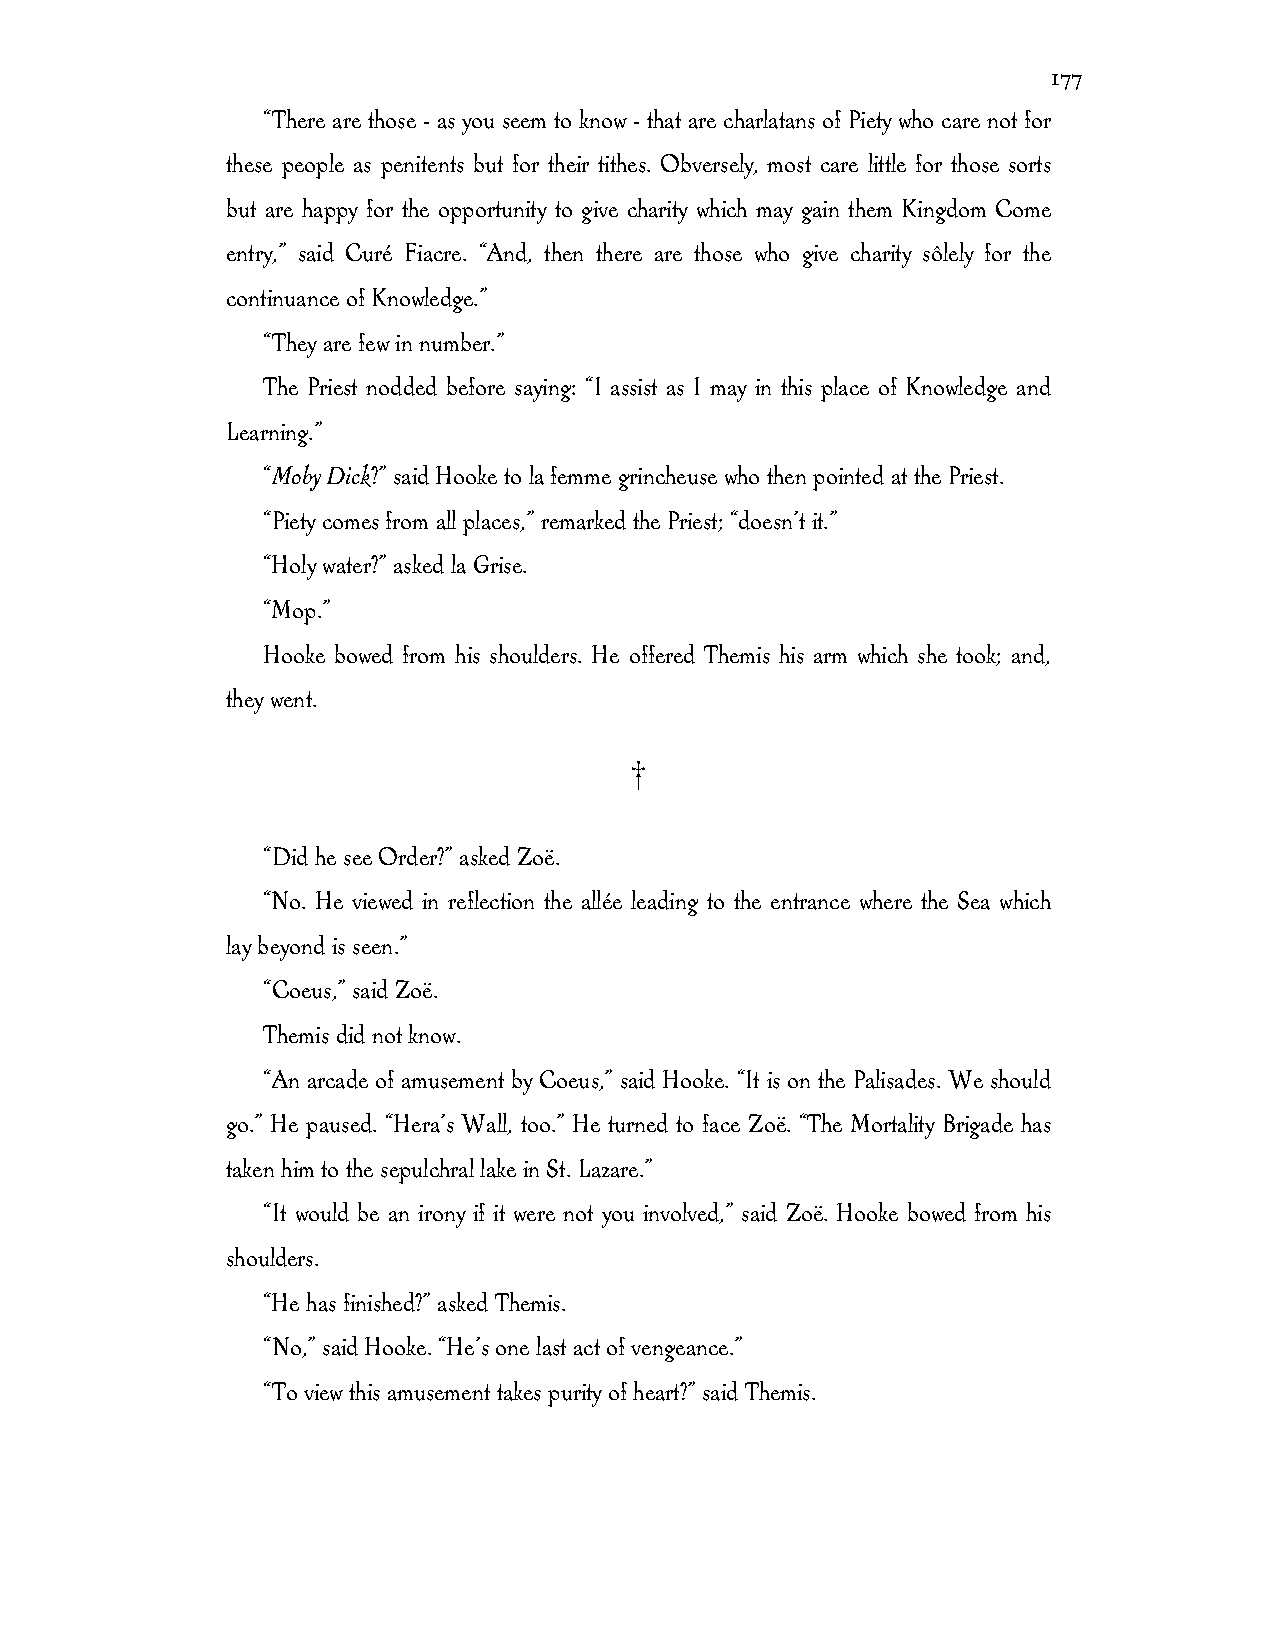
177
 “There are those - as you seem to know - that are charlatans of Piety who care not for
 these people as penitents but for their tithes. Obversely, most care little for those sorts
 but are happy for the opportunity to give charity which may gain them Kingdom Come
 entry,” said Curé Fiacre. “And, then there are those who give charity sôlely for the
 continuance of Knowledge.”
 “They are few in number.”
 The Priest nodded before saying: “I assist as I may in this place of Knowledge and
 Learning.”
 “Moby Dick?” said Hooke to la femme grincheuse who then pointed at the Priest.
 “Piety comes from all places,” remarked the Priest; “doesn’t it.”
 “Holy water?” asked la Grise.
 “Mop.”
 Hooke bowed from his shoulders. He offered Themis his arm which she took; and,
 they went.
 †
 “Did he see Order?” asked Zoë.
 “No. He viewed in reflection the allée leading to the entrance where the Sea which
 lay beyond is seen.”
 “Coeus,” said Zoë.
 Themis did not know.
 “An arcade of amusement by Coeus,” said Hooke. “It is on the Palisades. We should
 go.” He paused. “Hera’s Wall, too.” He turned to face Zoë. “The Mortality Brigade has
 taken him to the sepulchral lake in St. Lazare.”
 “It would be an irony if it were not you involved,” said Zoë. Hooke bowed from his
 shoulders.
 “He has finished?” asked Themis.
 “No,” said Hooke. “He’s one last act of vengeance.”
 “To view this amusement takes purity of heart?” said Themis.